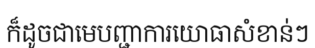
ក៏ដូចជាមេបញ្ជាការយោធាសំខាន់ៗ